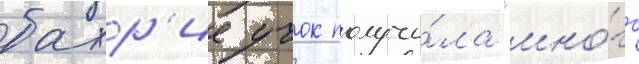
бахр'ие учок получи́ла "мно́го